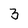
Character: 3